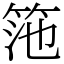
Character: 筂